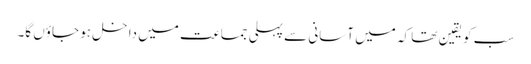
سب کو یقین تھا کہ میں آسانی سے پہلی جماعت میں داخل ہو جاؤں گا۔